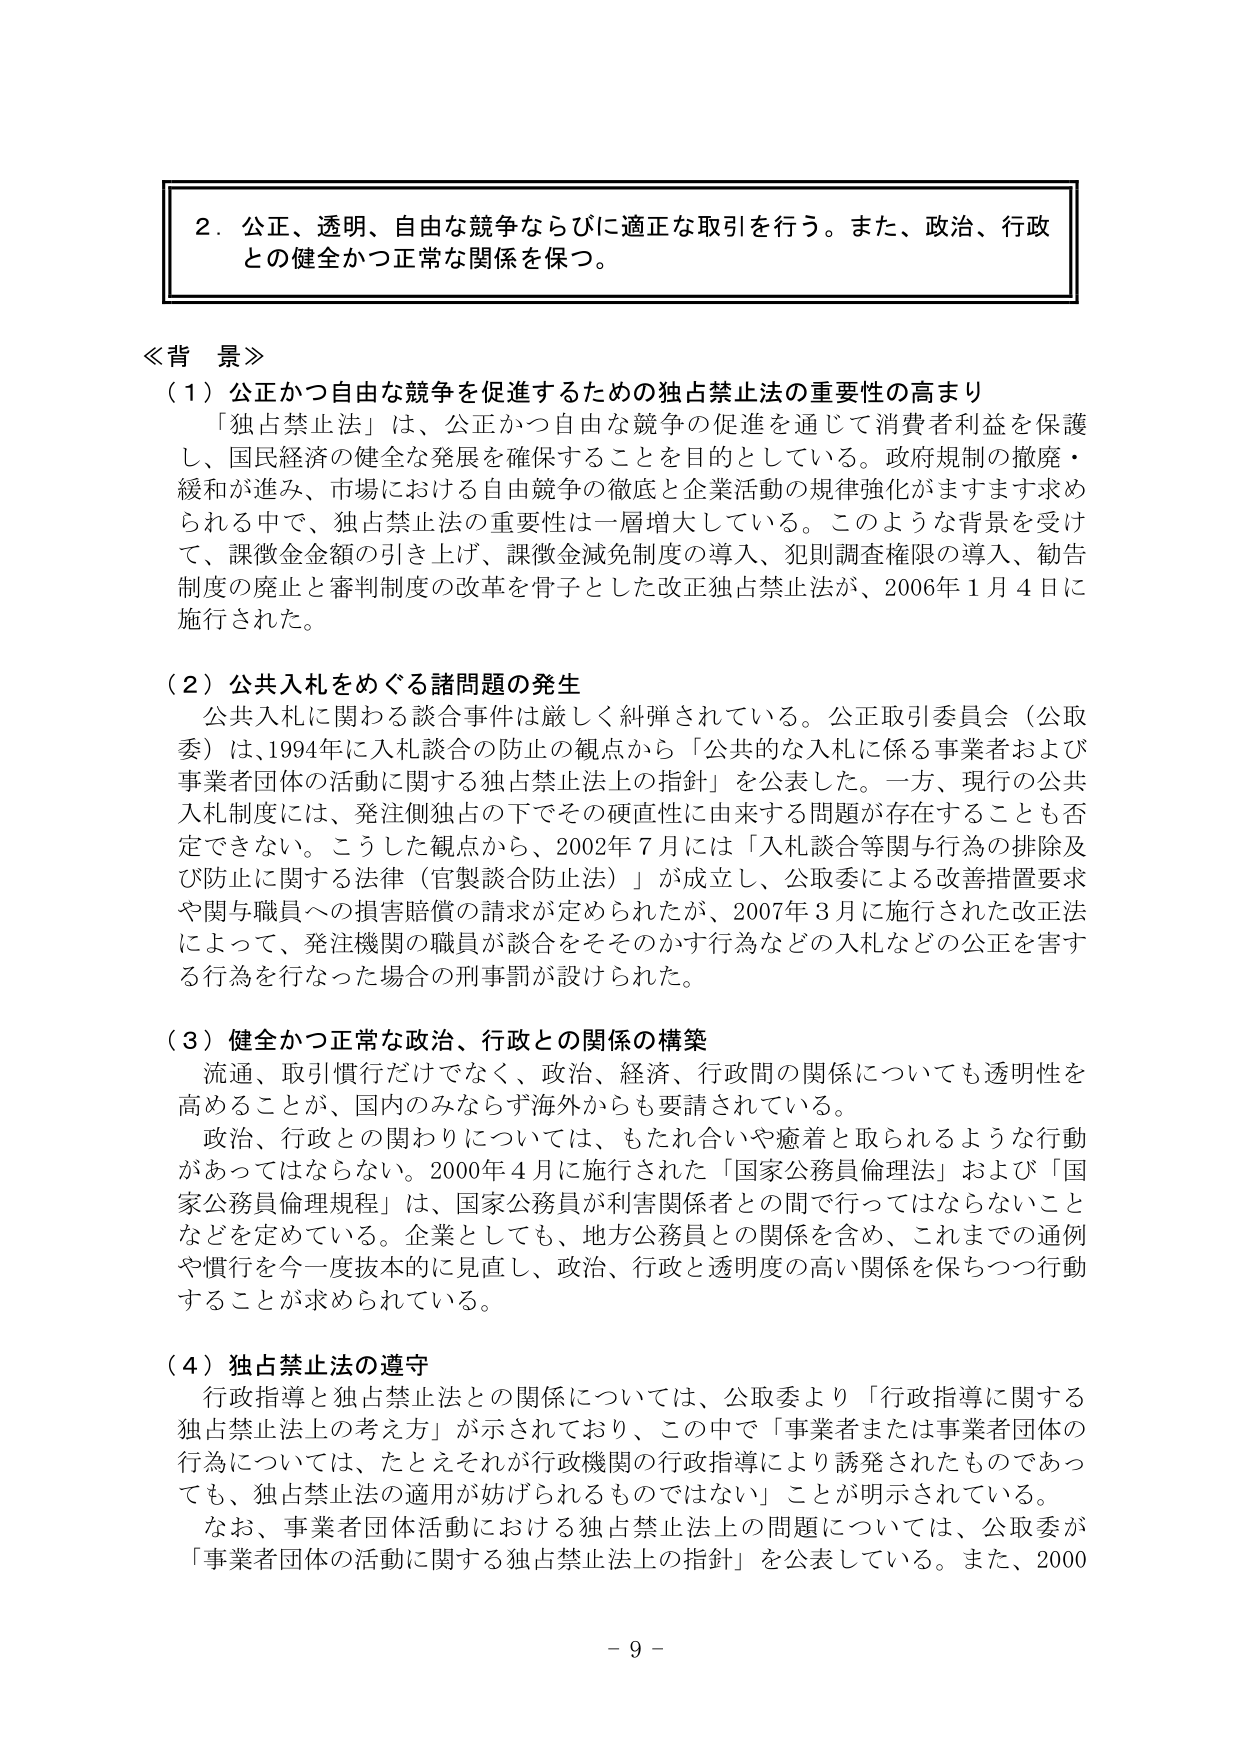
２．公正、透明、自由な競争ならびに適正な取引を行う。また、政治、行政との健全かつ正常な関係を保つ。

≪背景≫

（１）公正かつ自由な競争を促進するための独占禁止法の重要性の高まり

「独占禁止法」は、公正かつ自由な競争の促進を通じて消費者利益を保護し、国民経済の健全な発展を確保することを目的としている。政府規制の撤廃・緩和が進み、市場における自由競争の徹底と企業活動の規律強化がますます求められる中で、独占禁止法の重要性は一層増大している。このような背景を受け、課徴金金額の引き上げ、課徴金減免制度の導入、犯則調査権限の導入、勧告制度の廃止と審判制度の改革を骨子とした改正独占禁止法が、2006年１月４日に施行された。

（２）公共入札をめぐる諸問題の発生

公共入札に関わる談合事件は厳しく糾弾されている。公正取引委員会（公取委）は、1994年に入札談合の防止の観点から「公共的な入札に係る事業者および事業者団体の活動に関する独占禁止法上の指針」を公表した。一方、現行の公共入札制度には、発注側独占の下でその硬直性に由来する問題が存在することも否定できない。こうした観点から、2002年７月には「入札談合等関与行為の排除及び防止に関する法律（官製談合防止法）」が成立し、公取委による改善措置要求や関与職員への損害賠償の請求が定められたが、2007年３月に施行された改正法によって、発注機関の職員が談合をそそのかす行為などの入札などの公正を害する行為を行なった場合の刑事罰が設けられた。

（３）健全かつ正常な政治、行政との関係の構築

流通、取引慣行だけでなく、政治、経済、行政間の関係についても透明性を高めることが、国内のみならず海外からも要請されている。

政治、行政との関わりについては、もたれ合いや癒着と取られるような行動があってはならない。2000年４月に施行された「国家公務員倫理法」および「国家公務員倫理規程」は、国家公務員が利害関係者との間で行ってはならないことなどを定めている。企業としても、地方公務員との関係を含め、これまでの通例や慣行を今一度抜本的に見直し、政治、行政と透明度の高い関係を保ちつつ行動することが求められている。

（４）独占禁止法の遵守

行政指導と独占禁止法との関係については、公取委より「行政指導に関する独占禁止法上の考え方」が示されており、この中で「事業者または事業者団体の行為については、たとえそれが行政機関の行政指導により誘発されたものであっても、独占禁止法の適用が妨げられるものではない」ことが明示されている。

なお、事業者団体活動における独占禁止法上の問題については、公取委が「事業者団体の活動に関する独占禁止法上の指針」を公表している。また、2000

－９－